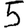
Digit: 5